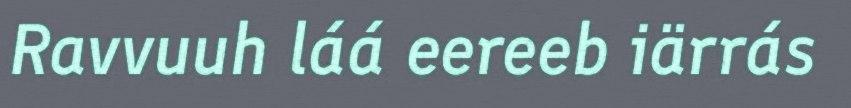
Ravvuuh láá eereeb iärrás